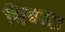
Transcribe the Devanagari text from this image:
बिबश।